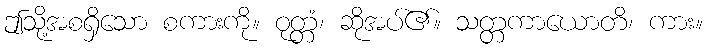
ဤသို့အစရှိသော စကားကို။ ဝုတ္တံ၊ ဆိုအပ်၏။ သတ္တကာယောတိ၊ ကား။